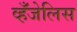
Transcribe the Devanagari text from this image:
व्हँजेलिस